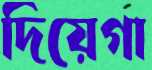
দিয়েগা